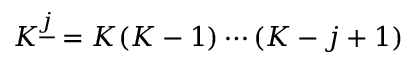
K ^ { \underline { { j } } } = K ( K - 1 ) \cdots ( K - j + 1 )